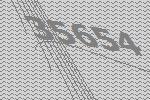
35654